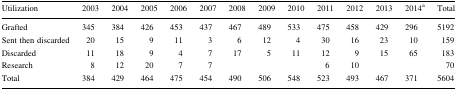
<table><thead><tr><td><b>Utilization</b></td><td><b>2003</b></td><td><b>2004</b></td><td><b>2005</b></td><td><b>2006</b></td><td><b>2007</b></td><td><b>2008</b></td><td><b>2009</b></td><td><b>2010</b></td><td><b>2011</b></td><td><b>2012</b></td><td><b>2013</b></td><td><b>2014<sup>a</sup></b></td><td><b>Total</b></td></tr></thead><tbody><tr><td>Grafted</td><td>345</td><td>384</td><td>426</td><td>453</td><td>437</td><td>467</td><td>489</td><td>533</td><td>475</td><td>458</td><td>429</td><td>296</td><td>5192</td></tr><tr><td>Sent then discarded</td><td>20</td><td>15</td><td>9</td><td>11</td><td>3</td><td>6</td><td>12</td><td>4</td><td>30</td><td>16</td><td>23</td><td>10</td><td>159</td></tr><tr><td>Discarded</td><td>11</td><td>18</td><td>9</td><td>4</td><td>7</td><td>17</td><td>5</td><td>11</td><td>12</td><td>9</td><td>15</td><td>65</td><td>183</td></tr><tr><td>Research</td><td>8</td><td>12</td><td>20</td><td>7</td><td>7</td><td></td><td></td><td></td><td>6</td><td>10</td><td></td><td></td><td>70</td></tr><tr><td>Total</td><td>384</td><td>429</td><td>464</td><td>475</td><td>454</td><td>490</td><td>506</td><td>548</td><td>523</td><td>493</td><td>467</td><td>371</td><td>5604</td></tr></tbody></table>